Epidemic dropsy in Calcutta - Number 49
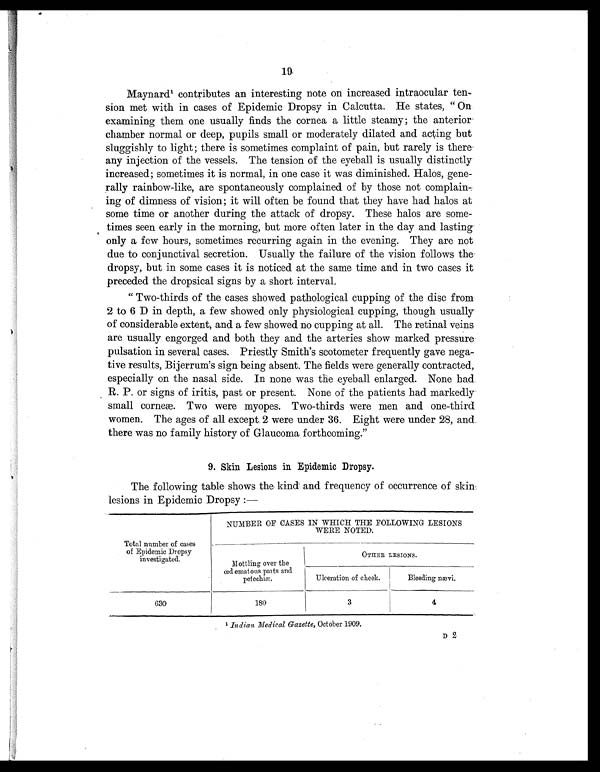
19
Maynard1 contributes an interesting note on increased intraocular ten-
sion met with in cases of Epidemic Dropsy in Calcutta. He states, " On
examining them one usually finds the cornea a little steamy; the anterior
chamber normal or deep, pupils small or moderately dilated and acting but
sluggishly to light; there is sometimes complaint of pain, but rarely is there
any injection of the vessels. The tension of the eyeball is usually distinctly
increased; sometimes it is normal, in one case it was diminished. Halos, gene-
rally rainbow-like, are spontaneously complained of by those not complain-
ing of dimness of vision; it will often be found that they have had halos at
some time or another during the attack of dropsy. These halos are some-
times seen early in the morning, but more often later in the day and lasting
only a few hours, sometimes recurring again in the evening. They are not
due to conjunctival secretion. Usually the failure of the vision follows the
dropsy, but in some cases it is noticed at the same time and in two cases it
preceded the dropsical signs by a short interval.
" Two-thirds of the cases showed pathological cupping of the disc from
2 to 6 D in depth, a few showed only physiological cupping, though usually
of considerable extent, and a few showed no cupping at all. The retinal veins
are usually engorged and both they and the arteries show marked pressure
pulsation in several cases. Priestly Smith's scotometer frequently gave nega-
tive results, Bijerrum's sign being absent. The fields were generally contracted,
especially on the nasal side. In none was the eyeball enlarged. None had
R. P. or signs of iritis, past or present. None of the patients had markedly
small corneæ. Two were myopes. Two-thirds were men and one-third
women. The ages of all except 2 were under 36. Eight were under 28, and.
there was no family history of Glaucoma forthcoming."
9. Skin Lesions in Epidemic Dropsy.
The following table shows the kind and frequency of occurrence of skin
lesions in Epidemic Dropsy :—
Total number of cases
of Epidemic Dropsy
investigated.
NUMBER OF CASES IN WHICH THE FOLLOWING LESIONS
WERE NOTED.
Mottling over the
œd e
matous parts and
petechiæ.
OTHER LESIONS.
Ulceration of cheek.
Bleeding nævi.
630
180
3
4
1
I n d i a n M e d i c a l G a z e t t e ,
O c t o b e r 1 9 0 9 .
D 2